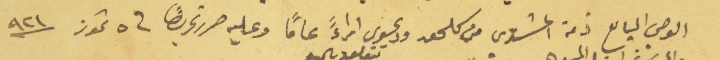
الوصي الباىع ذمة المشتري من كلحق ودعوى تتعلق بالبيع ابراءً عاماً وعليه حرر تحريراً في ٥ تموز سنة ٩٢١